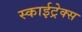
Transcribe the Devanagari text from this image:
स्काईट्रेक्स